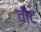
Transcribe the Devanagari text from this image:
वींट